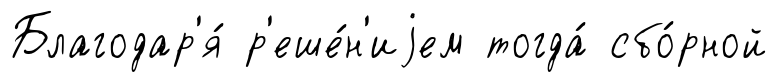
Благодар'я́ р'еше́н'иjем тогда́ сбо́рной